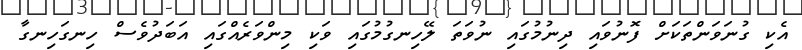
އެކި ގުނަވަންތަކަށް ފޮނުވައި ދިނުމުގައި ނުވަތަ ލޭހިނގުމުގައި ވަކި މިންވަރެއްގައި އަބަދުވެސް ހިނގަހިނގާ